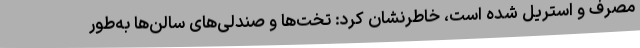
مصرف و استریل شده است، خاطرنشان کرد: تخت‌ها و صندلی‌های سالن‌ها به‌طور